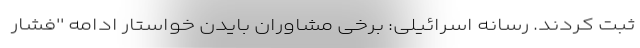
ثبت کردند. رسانه اسرائیلی: برخی مشاوران بایدن خواستار ادامه ''فشار